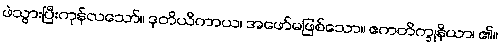
ဖဲသွားပြီးကုန်လသော်။ ဒုတိယိကာယ၊ အဖော်မဖြစ်သော။ ဧကတိက္ခုနိယာ၊ ၏။